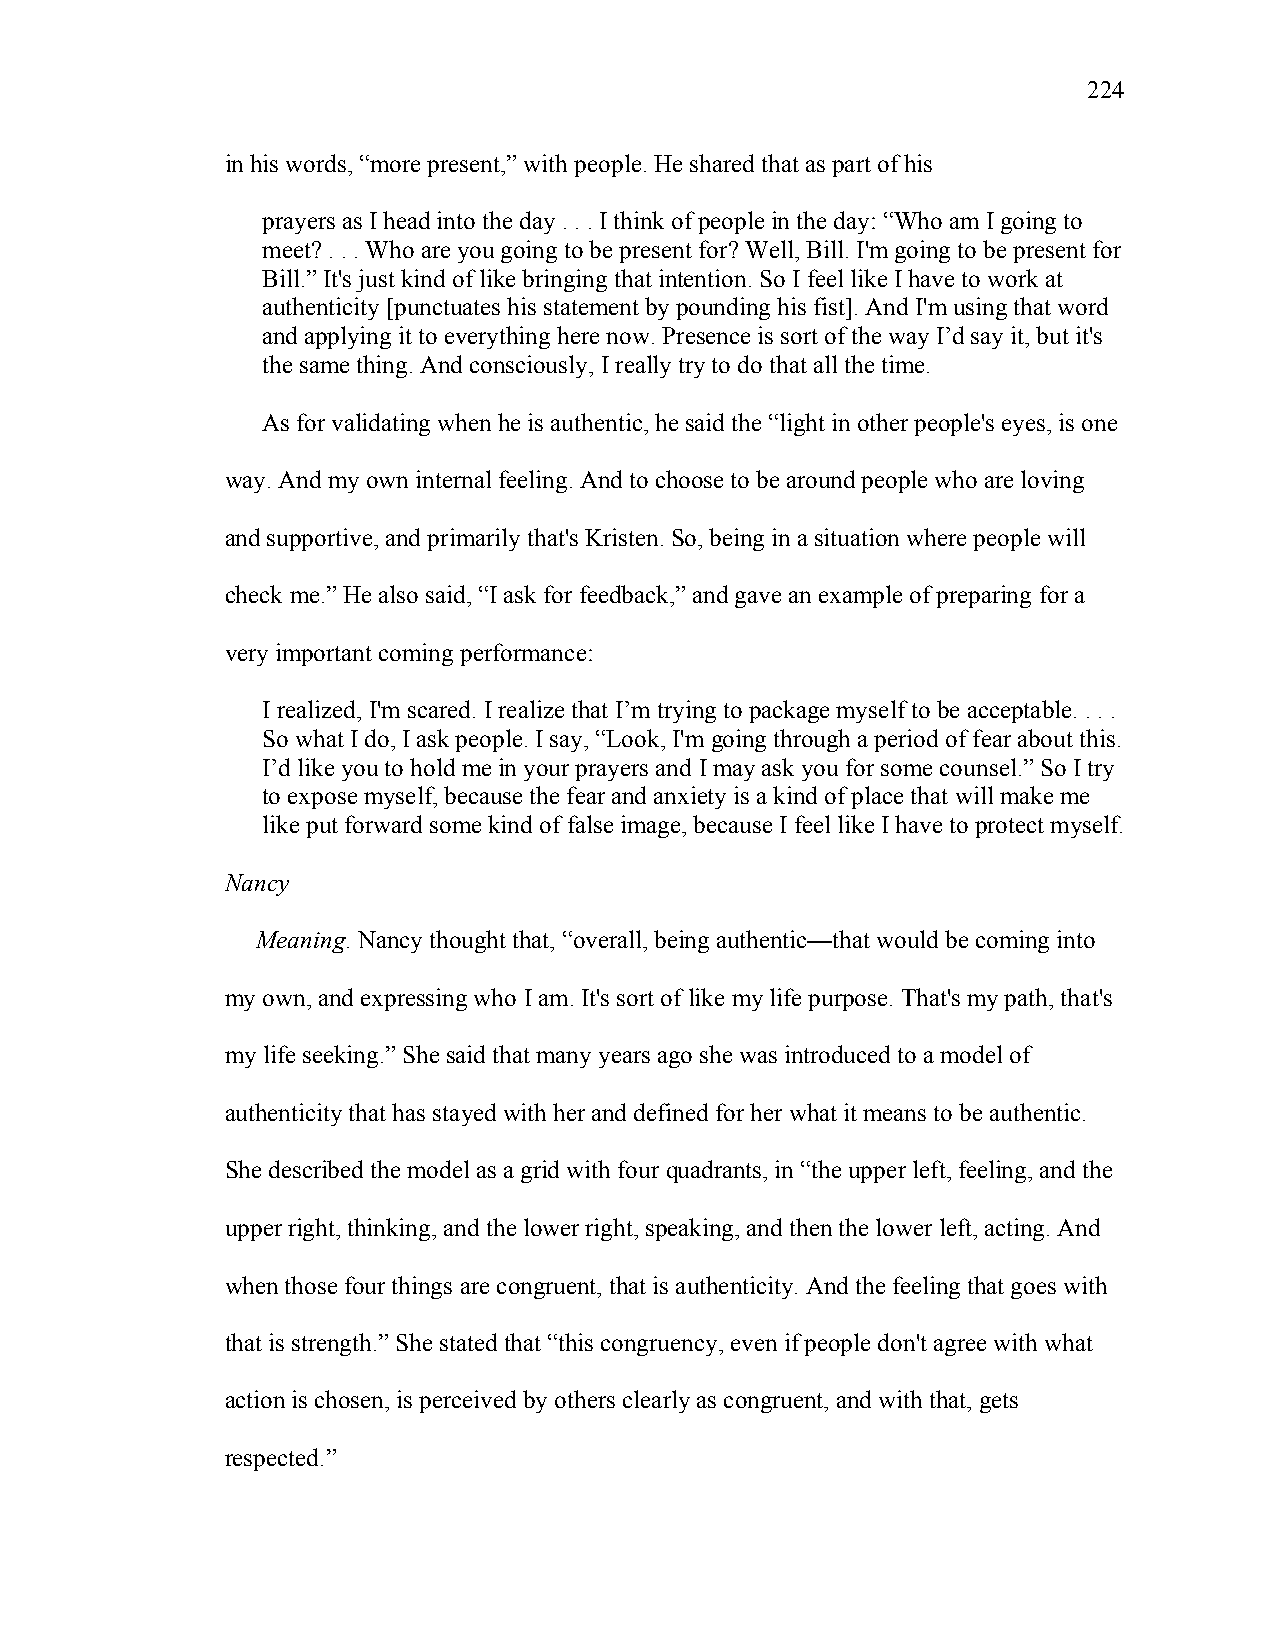
224
 in his words, “more present,” with people. He shared that as part of his
 prayers as I head into the day . . . I think of people in the day: “Who am I going to
 meet? . . . Who are you going to be present for? Well, Bill. I'm going to be present for
 Bill.” It's just kind of like bringing that intention. So I feel like I have to work at
 authenticity [punctuates his statement by pounding his fist]. And I'm using that word
 and applying it to everything here now. Presence is sort of the way I’d say it, but it's
 the same thing. And consciously, I really try to do that all the time.
 As for validating when he is authentic, he said the “light in other people's eyes, is one
 way. And my own internal feeling. And to choose to be around people who are loving
 and supportive, and primarily that's Kristen. So, being in a situation where people will
 check me.” He also said, “I ask for feedback,” and gave an example of preparing for a
 very important coming performance:
 I realized, I'm scared. I realize that I’m trying to package myself to be acceptable. . . .
 So what I do, I ask people. I say, “Look, I'm going through a period of fear about this.
 I’d like you to hold me in your prayers and I may ask you for some counsel.” So I try
 to expose myself, because the fear and anxiety is a kind of place that will make me
 like put forward some kind of false image, because I feel like I have to protect myself.
 Nancy
 Meaning. Nancy thought that, “overall, being authentic—that would be coming into
 my own, and expressing who I am. It's sort of like my life purpose. That's my path, that's
 my life seeking.” She said that many years ago she was introduced to a model of
 authenticity that has stayed with her and defined for her what it means to be authentic.
 She described the model as a grid with four quadrants, in “the upper left, feeling, and the
 upper right, thinking, and the lower right, speaking, and then the lower left, acting. And
 when those four things are congruent, that is authenticity. And the feeling that goes with
 that is strength.” She stated that “this congruency, even if people don't agree with what
 action is chosen, is perceived by others clearly as congruent, and with that, gets
 respected.”